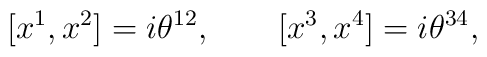
\lbrack x^{1},x^{2}]=i\theta ^{12},\qquad \lbrack x^{3},x^{4}]=i\theta ^{34},